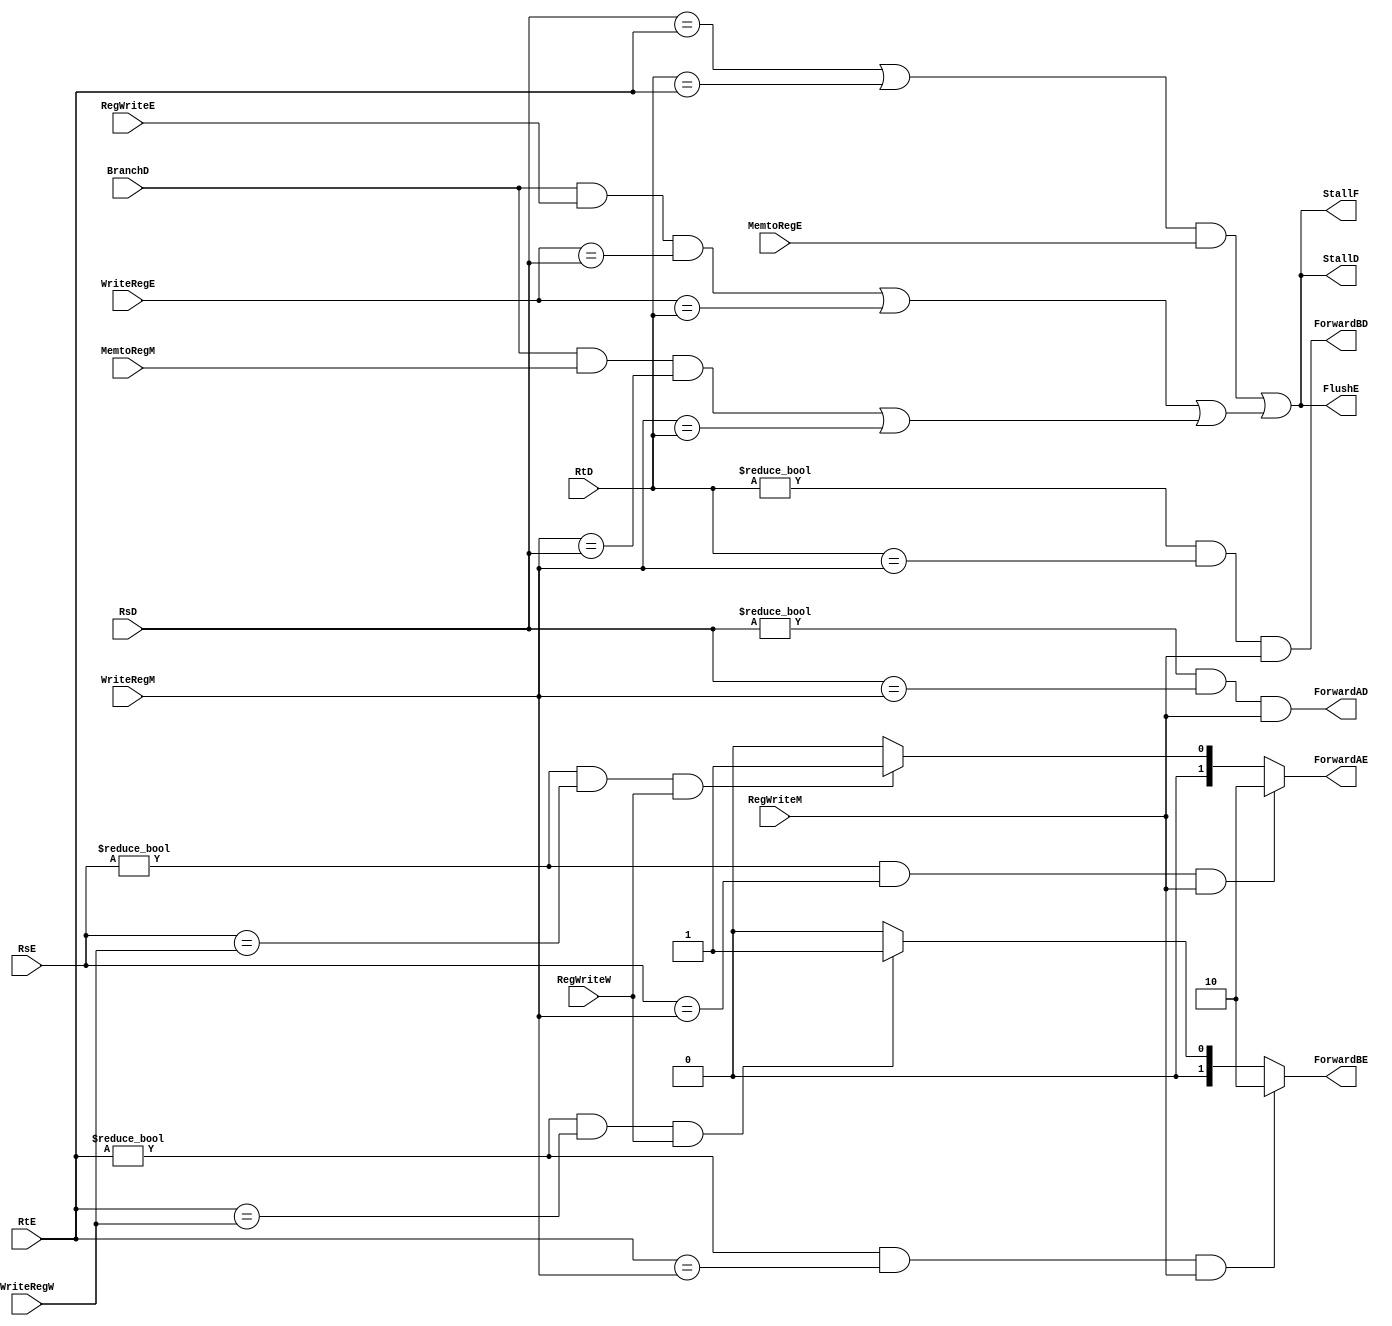
`timescale 1ns / 1ps

module HazardUnit(StallF, StallD, BranchD, ForwardAD, ForwardBD, FlushE, 
		 ForwardAE, ForwardBE, MemtoRegE, RegWriteE, MemtoRegM, RegWriteM,
		 RegWriteW, RsE, RtE, RsD, RtD, WriteRegM, WriteRegW, WriteRegE);

  input BranchD, MemtoRegE, RegWriteE, MemtoRegM, RegWriteM, RegWriteW;
  input [4:0] RsE, RtE, RsD, RtD, WriteRegM, WriteRegW, WriteRegE;
  
  output StallF, StallD, ForwardAD, ForwardBD, FlushE;
  output [1:0] ForwardAE, ForwardBE;

  wire lwsstall;
  
  assign ForwardAE = ((RsE!=0)&&(RsE==WriteRegM)&&(RegWriteM))? 2'b10:
							((RsE!=0)&&(RsE==WriteRegW)&&(RegWriteW))? 2'b01: 2'b00;
							
  assign ForwardBE = ((RtE!=0)&&(RtE==WriteRegM)&&(RegWriteM))? 2'b10:
							((RtE!=0)&&(RtE==WriteRegW)&&(RegWriteW))? 2'b01: 2'b00;
							
  assign branchstall = ((BranchD && RegWriteE &&(WriteRegE==RsD)|| WriteRegE==RtD))||
							  (BranchD && MemtoRegM &&(WriteRegM==RsD)||(WriteRegM==RtD));
							
  assign ForwardAD = (RsD!=0)&&(RsD==WriteRegM)&&RegWriteM;
  assign ForwardBD = (RtD!=0)&&(RtD==WriteRegM)&&RegWriteM;

  assign lwstall = ((RsD==RtE)||(RtD==RtE))&& MemtoRegE;
  assign StallF = lwstall || branchstall;
  assign StallD = lwstall || branchstall;
  assign FlushE = lwstall || branchstall;
 
endmodule